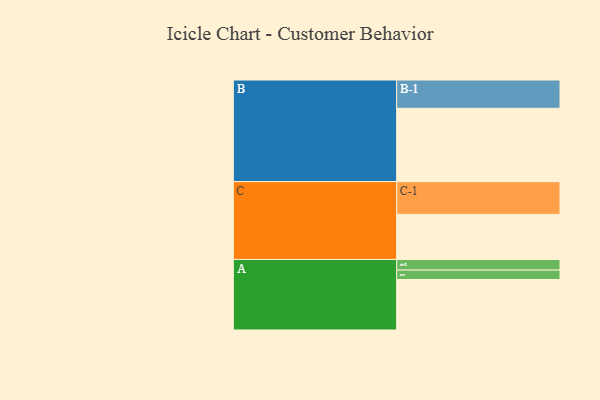
{"axis": {"x": "Segment", "y": "Value"}, "legend": ["", "A", "B", "C"], "data": [{"x": "A", "y": 375, "type": ""}, {"x": "B", "y": 545, "type": ""}, {"x": "C", "y": 335, "type": ""}, {"x": "A-1", "y": 70, "type": "A"}, {"x": "A-2", "y": 79, "type": "A"}, {"x": "B-1", "y": 210, "type": "B"}, {"x": "C-1", "y": 243, "type": "C"}]}